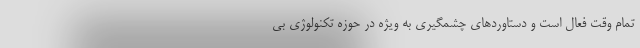
تمام وقت فعال است و دستاوردهای چشمگیری به ویژه در حوزه تکنولوژِی بی